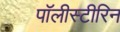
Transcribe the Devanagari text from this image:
पॉलीस्टीरिन